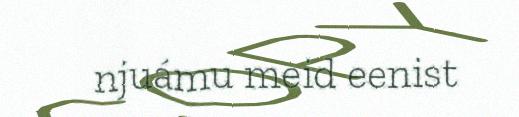
njuámu meid eenist